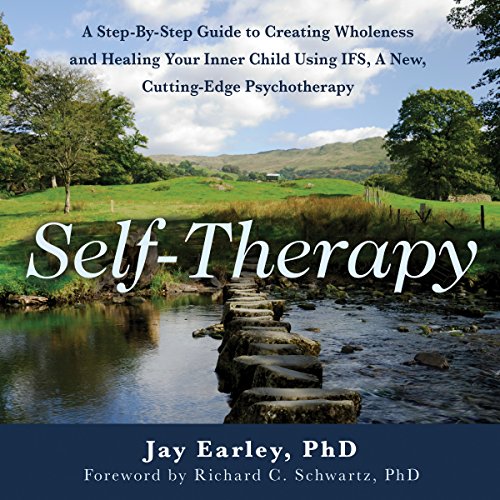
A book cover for Self-Therapy, 2nd Edition; Jay Earley; Self-Help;